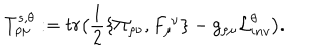
LaTeX: T _ { \rho \mu } ^ { s , \theta } : = t r \big ( { \frac { 1 } { 2 } } \{ \Pi _ { \rho \nu } , F _ { \mu } ^ { \ \nu } \} - g _ { \rho \mu } { \cal L } _ { i n v } ^ { \theta } \big ) .